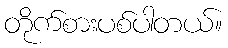
တိုက်စားပစ်ပါတယ်။